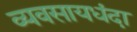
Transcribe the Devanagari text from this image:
व्यवसायधंदा